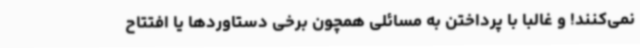
نمی‌کنند! و غالباً با پرداختن به مسائلی همچون برخی دستاوردها یا افتتاح